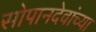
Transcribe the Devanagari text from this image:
सोपानदेवांच्या